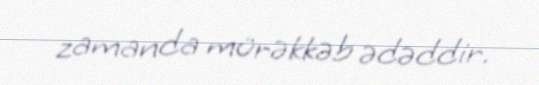
zamanda mürəkkəb ədəddir.